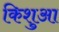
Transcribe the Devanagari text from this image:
किशुआ